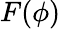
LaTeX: F(\phi)